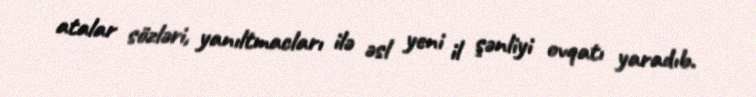
atalar sözləri, yanıltmacları ilə əsl yeni il şənliyi ovqatı yaradıb.